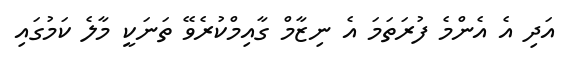
އަދި އެ އެންމެ ފުރަތަމަ އެ ނިޒާމް ގާއިމްކުރެވޭ ތަނަކީ މާލެ ކަމުގައި